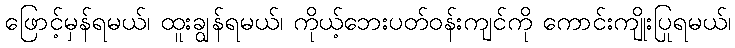
ဖြောင့်မှန်ရမယ်၊ ထူးချွန်ရမယ်၊ ကိုယ့်ဘေးပတ်ဝန်းကျင်ကို ကောင်းကျိုးပြုရမယ်၊